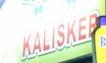
kalisker